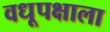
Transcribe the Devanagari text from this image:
वधूपक्षाला